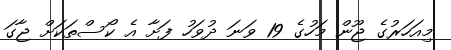
މިއަހަރުގެ ޖޫން މަހުގެ 19 ވަނަ ދުވަހު ފަށާ އެ ކޯސްތަކަށް ޖާގަ